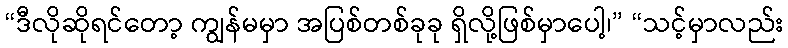
“ဒီလိုဆိုရင်တော့ ကျွန်မမှာ အပြစ်တစ်ခုခု ရှိလို့ဖြစ်မှာပေါ့၊” “သင့်မှာလည်း